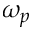
\omega _ { p }